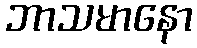
ဘာသမာနော